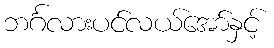
ဘင်္ဂလားပင်လယ်အော်နှင့်